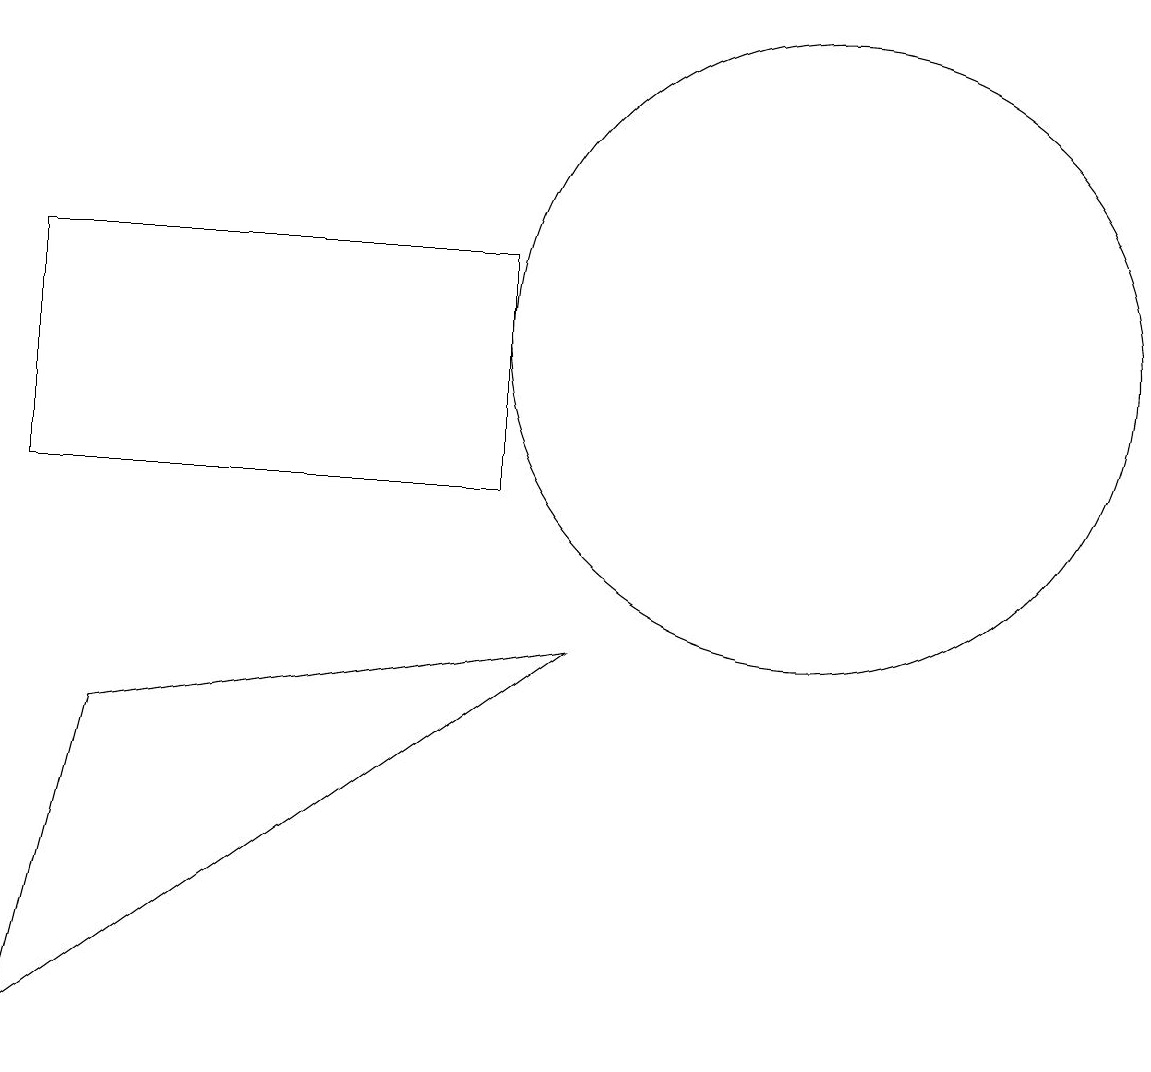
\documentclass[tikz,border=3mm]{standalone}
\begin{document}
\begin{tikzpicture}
\draw (2,13) rectangle (8,10);
\draw (2,3) -- (9,8) -- (3,7) -- cycle;
\draw (12,12) circle (4);
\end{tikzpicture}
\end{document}